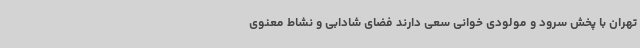
تهران با پخش سرود و مولودی خوانی سعی دارند فضای شادابی و نشاط معنوی